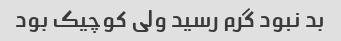
بد نبود گرم رسید ولی کوچیک بود